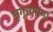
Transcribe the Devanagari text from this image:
भृगूत्तमांना